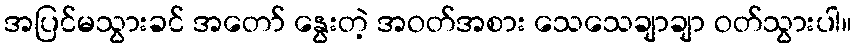
အပြင်မသွားခင် အတော် နွေးတဲ့ အဝတ်အစား သေသေချာချာ ဝတ်သွားပါ။